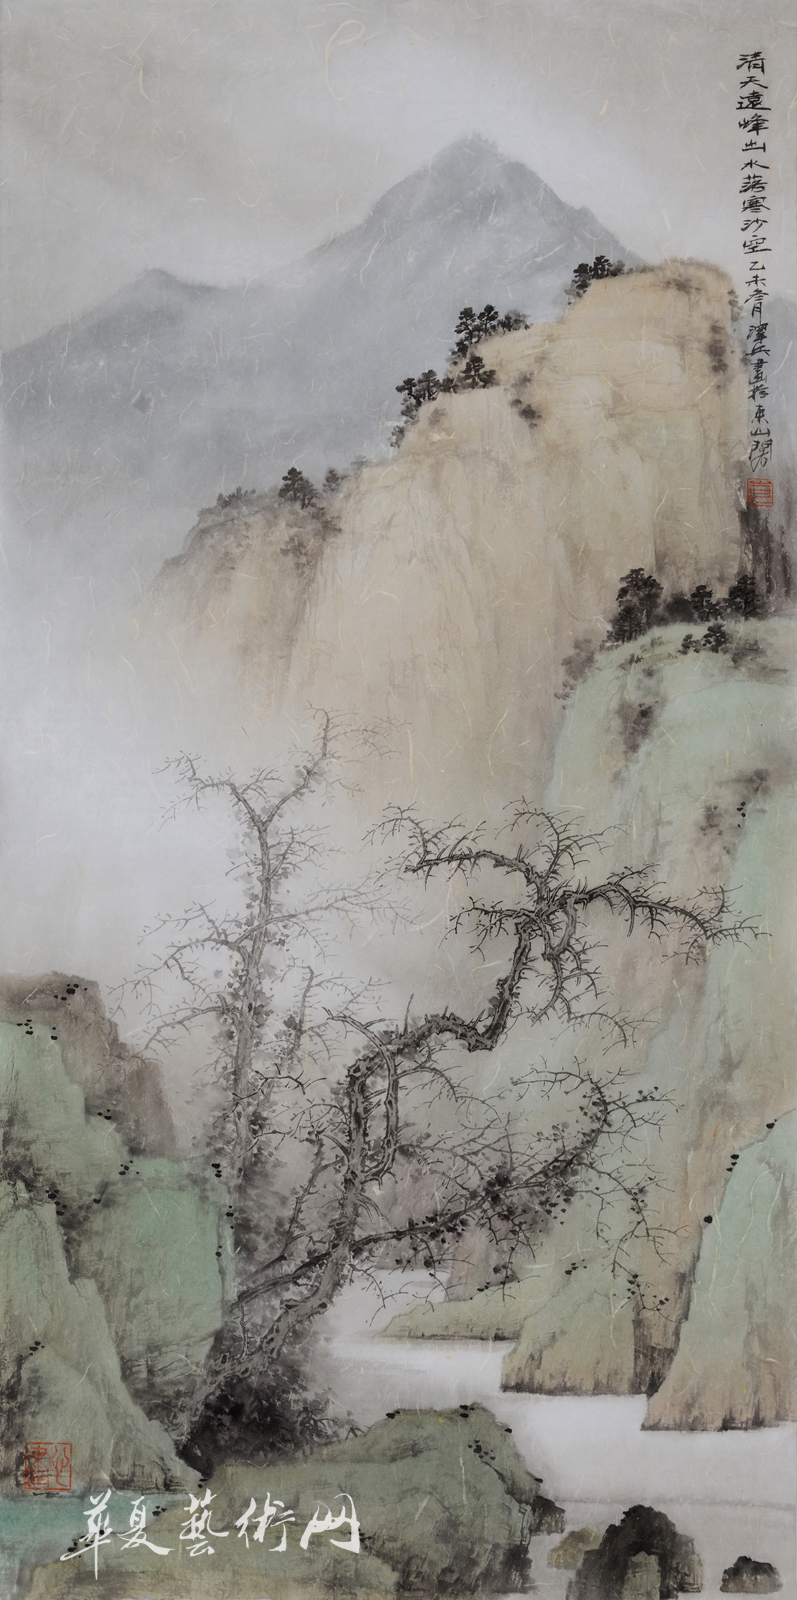
秋江带雨，寒沙萦水，人瞰画阁愁独。